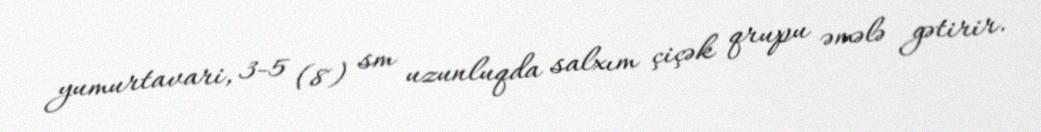
yumurtavari, 3-5 (8) sm uzunluqda salxım çiçək qrupu əmələ gətirir.